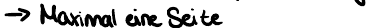
-> Maximal eine Seite